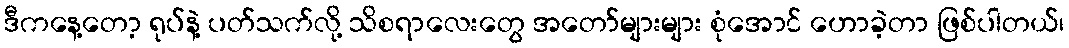
ဒီကနေ့တော့ ရုပ်နဲ့ ပတ်သက်လို့ သိစရာလေးတွေ အတော်များများ စုံအောင် ဟောခဲ့တာ ဖြစ်ပါတယ်၊